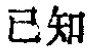
已知